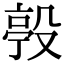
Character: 𣪢